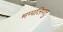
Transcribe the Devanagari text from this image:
मप्पलिपत्तु